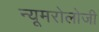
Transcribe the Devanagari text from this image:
न्यूमरोलोजी